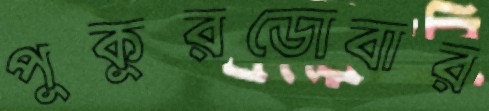
পুকুরডোবার